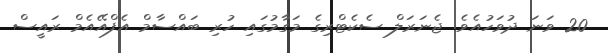
20 ވަނަ ދުވަހުއެވެ. ޖެނަރަލް ސެކެޓްރިގެ މަގާމުގައި ހުރި ބައްސާމް އެފްއޭއެމް ރައީސް